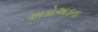
અડોઅડના